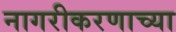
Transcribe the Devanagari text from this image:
नागरीकरणाच्या